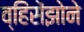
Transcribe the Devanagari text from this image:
व्हिंसेंझोने